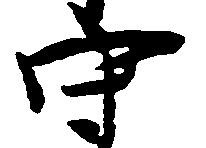
守